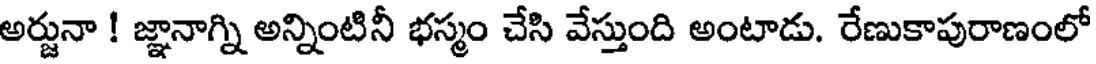
అర్జునా ! జ్ఞానాగ్ని అన్నింటినీ భస్మం చేసి వేస్తుంది అంటాడు. రేణుకాపురాణంలో